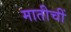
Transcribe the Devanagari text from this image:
मातीचीं